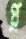
প্ল